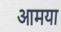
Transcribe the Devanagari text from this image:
आमया